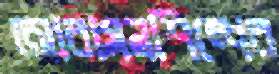
আবাসনশিল্পের